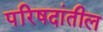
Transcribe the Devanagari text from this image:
परिषदांतील